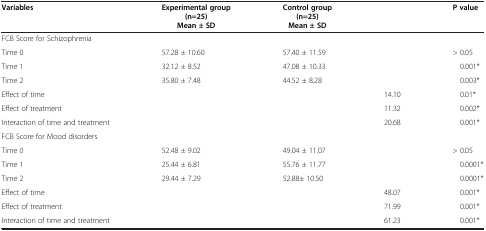
<table><thead><tr><td><b>Variables</b></td><td><b>Experimental group (n=25) Mean ± SD</b></td><td><b>Control group (n=25) Mean ± SD</b></td><td><b> </b></td><td><b>P value</b></td></tr></thead><tbody><tr><td colspan="5">FCB Score for Schizophrenia</td></tr><tr><td>Time 0</td><td>57.28 ± 10.60</td><td>57.40 ± 11.59</td><td> </td><td>&gt; 0.05</td></tr><tr><td>Time 1</td><td>32.12 ± 8.52</td><td>47.08 ± 10.33</td><td> </td><td>0.001*</td></tr><tr><td>Time 2</td><td>35.80 ± 7.48</td><td>44.52 ± 8.28</td><td> </td><td>0.003*</td></tr><tr><td>Effect of time</td><td> </td><td> </td><td>14.10</td><td>0.01*</td></tr><tr><td>Effect of treatment</td><td> </td><td> </td><td>11.32</td><td>0.002*</td></tr><tr><td>Interaction of time and treatment</td><td> </td><td> </td><td>20.68</td><td>0.001*</td></tr><tr><td colspan="5">FCB Score for Mood disorders</td></tr><tr><td>Time 0</td><td>52.48 ± 9.02</td><td>49.04 ± 11.07</td><td> </td><td>&gt; 0.05</td></tr><tr><td>Time 1</td><td>25.44 ± 6.81</td><td>55.76 ± 11.77</td><td> </td><td>0.0001*</td></tr><tr><td>Time 2</td><td>29.44 ± 7.29</td><td>52.88± 10.50</td><td> </td><td>0.0001*</td></tr><tr><td>Effect of time</td><td> </td><td> </td><td>48.07</td><td>0.001*</td></tr><tr><td>Effect of treatment</td><td> </td><td> </td><td>71.99</td><td>0.001*</td></tr><tr><td>Interaction of time and treatment</td><td> </td><td> </td><td>61.23</td><td>0.001*</td></tr></tbody></table>